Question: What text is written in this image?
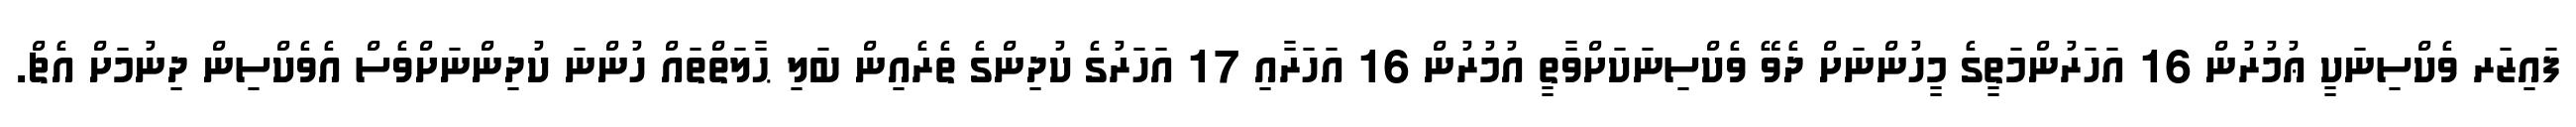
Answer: ފައިޒަރ ވެކްސިނަކީ ޢުމުރުން 16 އަހަރުންމަތީގެ މީހުންނަށް ދެވޭ ވެކްސިނަކަށްވާތީ އުމުރުން 16 އަހަރާއި 17 އަހަރުގެ ކުދިންގެ ތެރެއިން ބަލި ޙާލަތްތައް ހުންނަ ކުދިންނަށްވެސް އެވެކްސިން ދިނުމަށް އެޗް.